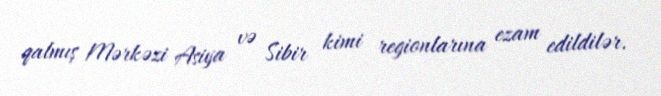
qalmış Mərkəzi Asiya və Sibir kimi regionlarına ezam edildilər.